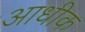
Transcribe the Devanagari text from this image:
आधीक